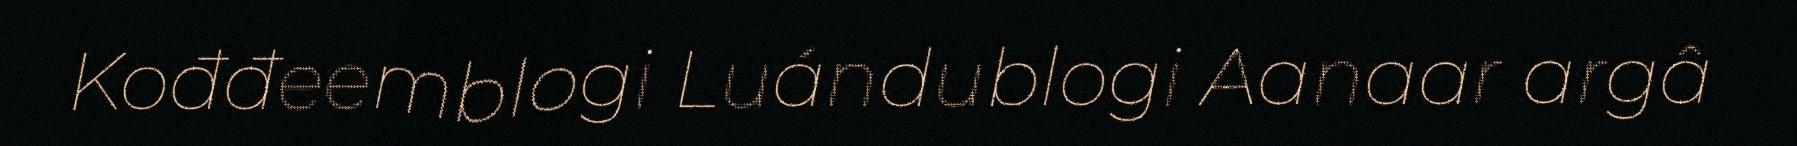
Kođđeemblogi Luándublogi Aanaar argâ